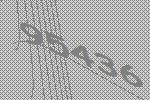
95436